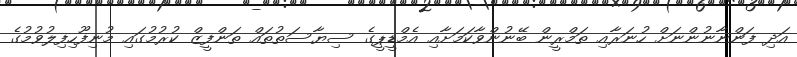
އަދި ފަންނާނުންނަށް ހުނަރާއި ތަމްރީން ބޭނުންވާކަމަށާއި އެމްޑީޕީގެ ސިޔާސަތުތައް ތަންފީޒް ކުރުމުގައި މުނިފޫހިފިލުވުމުގެ